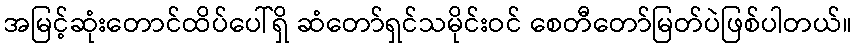
အမြင့်ဆုံးတောင်ထိပ်ပေါ်ရှိ ဆံတော်ရှင်သမိုင်းဝင် စေတီတော်မြတ်ပဲဖြစ်ပါတယ်။